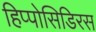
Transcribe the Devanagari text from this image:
हिप्पोसिडिरस